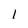
Character: 1